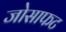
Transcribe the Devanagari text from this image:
जोसाफट